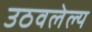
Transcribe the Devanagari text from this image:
उठवलेल्य